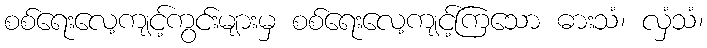
စစ်ရေးလေ့ကျင့်ကွင်းများမှ စစ်ရေးလေ့ကျင့်ကြသော ဓားသံ၊ လှံသံ၊